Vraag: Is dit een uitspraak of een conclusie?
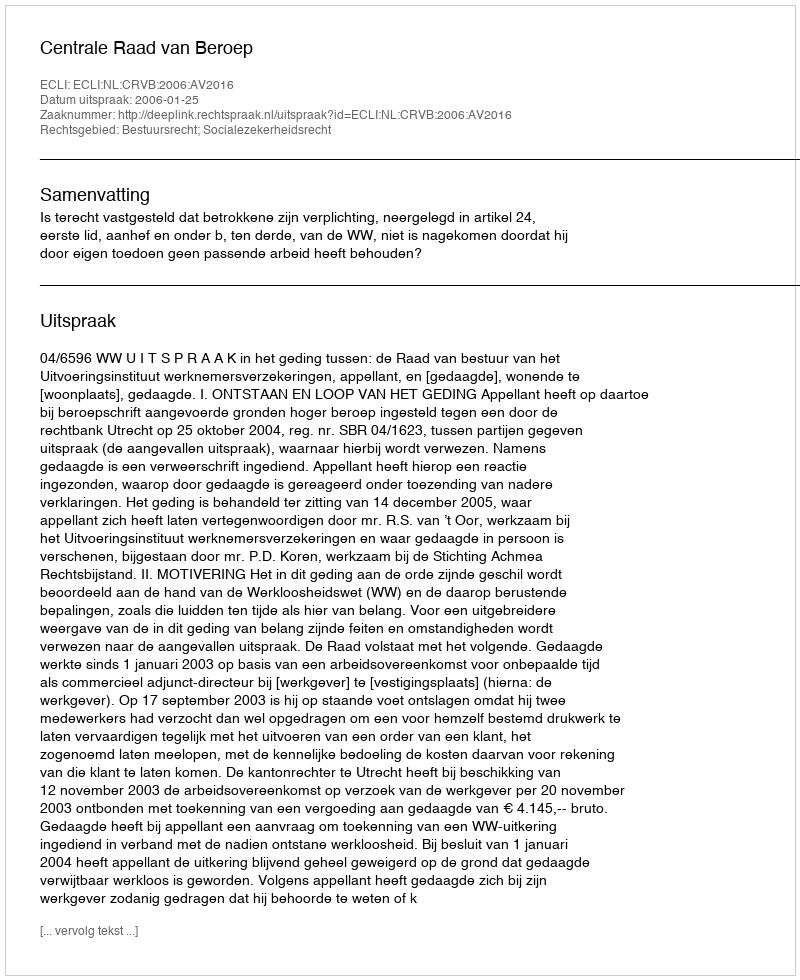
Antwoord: Uitspraak